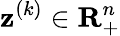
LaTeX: \mathbf{z}^{(k)}\in\mathbf{{R}}_{+}^{n}